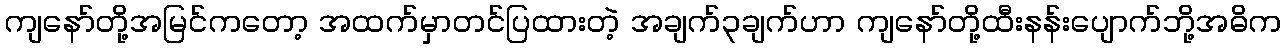
ကျနော်တို့အမြင်ကတော့ အထက်မှာတင်ပြထားတဲ့ အချက်၃ချက်ဟာ ကျနော်တို့ထီးနန်းပျောက်ဘို့အဓိက